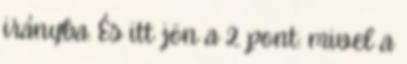
irányba. És itt jön a 2. pont: mivel a